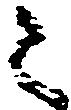
々